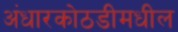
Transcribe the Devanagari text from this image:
अंधारकोठडीमधील